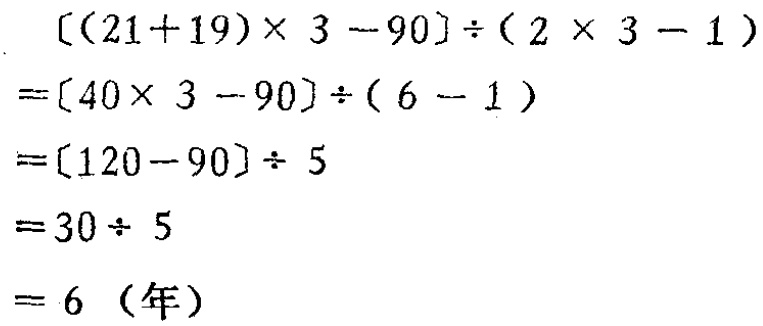
\[

\begin{align*}

&[(21 + 19)\times3 - 90]\div(2\times3 - 1)\\

=&[40\times3 - 90]\div(6 - 1)\\

=&[120 - 90]\div5\\

=&30\div5\\

=&6 \text{（年）}

\end{align*}

\]